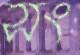
সং